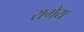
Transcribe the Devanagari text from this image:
रागेय